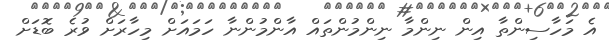
އެ މަހާސިންތާ އިން ނިންމާ ނިންމުންތައް އާންމުންނާ ހަމައަށް މިހާރަށް ވުރެ ބޮޑަށް